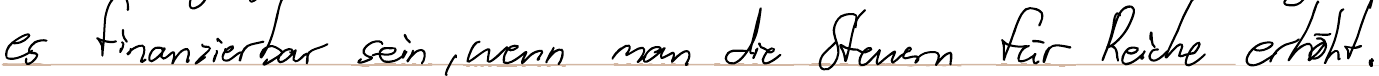
es finanzierbar sein, wenn man die Steuern für Reiche erhöht.